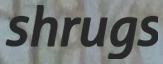
shrugs